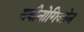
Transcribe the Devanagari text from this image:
मबीनोगिओन